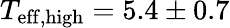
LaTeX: T_{\mathrm{eff,high}}=5.4\pm 0.7